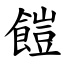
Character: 䭓